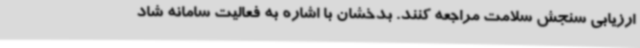
ارزیابی سنجش سلامت مراجعه کنند. بدخشان با اشاره به فعالیت سامانه شاد